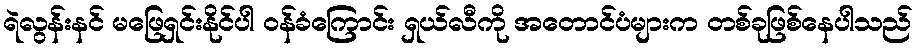
ရဲလွန်းနင် မဖြေရှင်းနိုင်ပါ ဝန်ခံကြောင်း ရှယ်လီကို အတောင်ပံများက တစ်ခုဖြစ်နေပါသည်